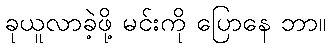
ခုယူလာခဲ့ဖို့ မင်းကို ပြောနေ ဘာ။